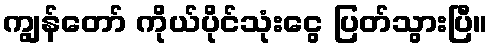
ကျွန်တော် ကိုယ်ပိုင်သုံးငွေ ပြတ်သွားပြီ။